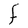
Character: F